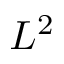
L ^ { 2 }